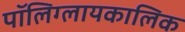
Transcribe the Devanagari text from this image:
पॉलिग्लायकालिक